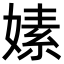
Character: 嫊